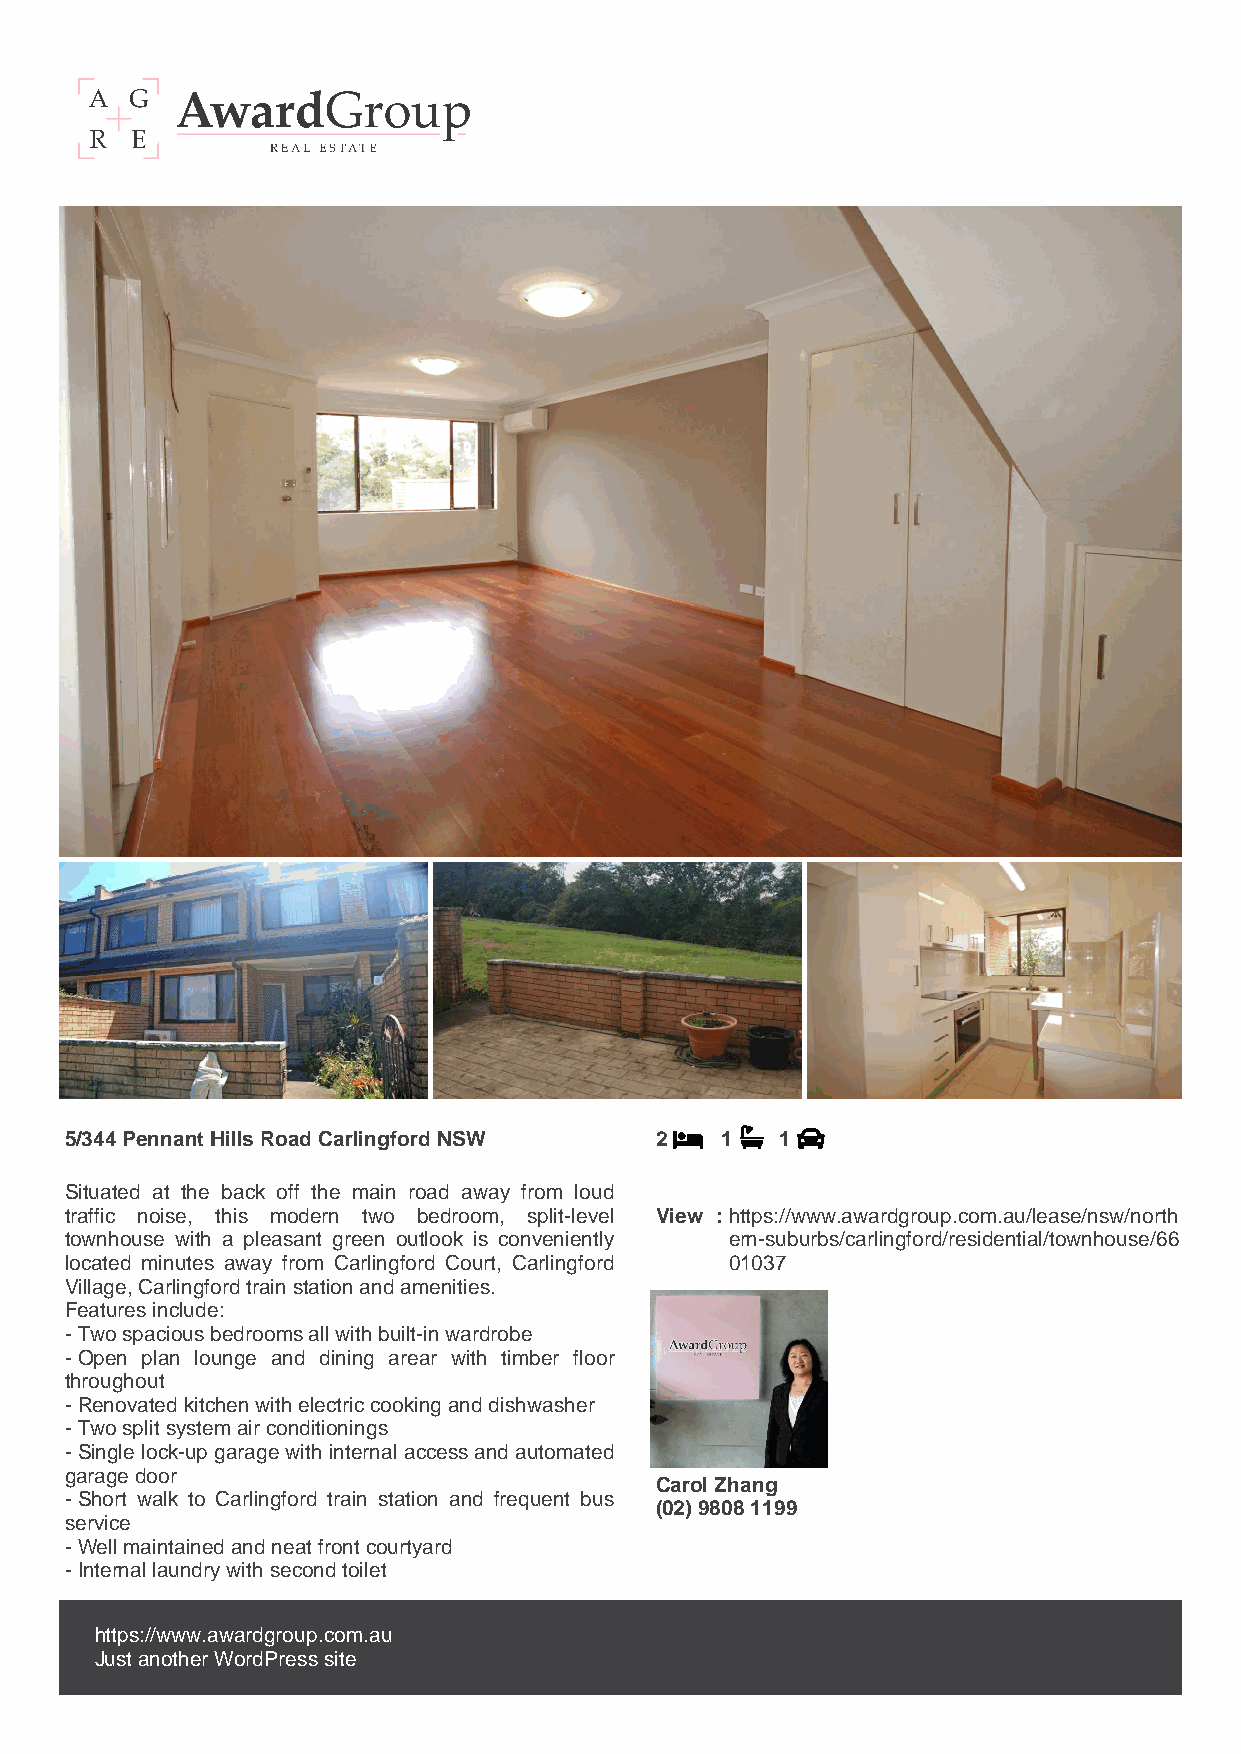
5/344 Pennant Hills Road Carlingford NSW 2  1   1
 Situated at the back off the main road away from loud
 traffic noise, this modern two bedroom, split-level View : https://www.awardgroup.com.au/lease/nsw/north
 townhouse with a pleasant green outlook is conveniently ern-suburbs/carlingford/residential/townhouse/66
 located minutes away from Carlingford Court, Carlingford 01037
 Village, Carlingford train station and amenities.
 Features include:
 - Two spacious bedrooms all with built-in wardrobe
 - Open plan lounge and dining arear with timber floor
 throughout
 - Renovated kitchen with electric cooking and dishwasher
 - Two split system air conditionings
 - Single lock-up garage with internal access and automated
 garage door
 Carol Zhang
 - Short walk to Carlingford train station and frequent bus
 (02) 9808 1199
 service
 - Well maintained and neat front courtyard
 - Internal laundry with second toilet
 https://www.awardgroup.com.au
 Just another WordPress site